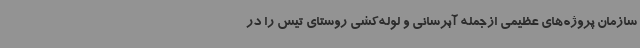
سازمان پروژه‌های عظیمی ازجمله آبرسانی و لوله‌کشی روستای تیس را در